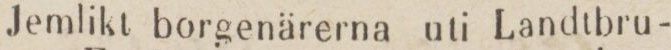
Jemlikt borgenärerna uti Landtbru-